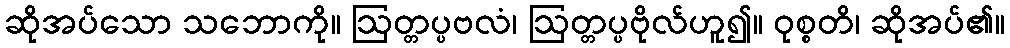
ဆိုအပ်သော သဘောကို။ ဩတ္တပ္ပဗလံ၊ ဩတ္တပ္ပဗိုလ်ဟူ၍။ ဝုစ္စတိ၊ ဆိုအပ်၏။